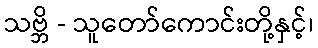
သဗ္ဘိ - သူတော်ကောင်းတို့နှင့်၊